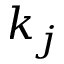
k _ { j }